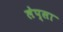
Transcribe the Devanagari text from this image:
लेप्सा